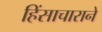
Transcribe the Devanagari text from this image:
हिंसाचाराने